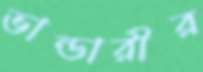
ভান্ডারীর